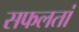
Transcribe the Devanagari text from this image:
सफलतां